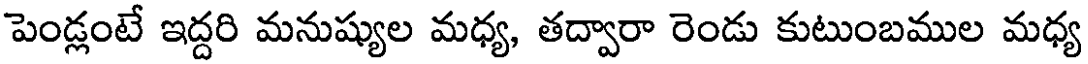
పెండ్లంటే ఇద్దరి మనుష్యుల మధ్య, తద్వారా రెండు కుటుంబముల మధ్య